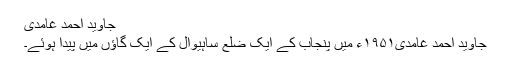
جاوید احمد غامدی
جاوید احمد غامدی۱۹۵۱ء میں پنجاب کے ایک ضلع ساہیوال کے ایک گاؤں میں پیدا ہوئے۔